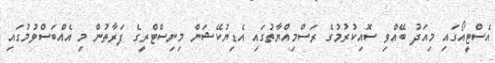
އެސްޓީއޯގައި މިއަދު ބޭއްވި ސޮއިކުރުމުގެ ރަސްމިއްޔާތުގައި އެޑިޔުކޭޝަން މިނިސްޓްރީގެ ފަރާތުން މި އެއްބަސްވުމުގައި